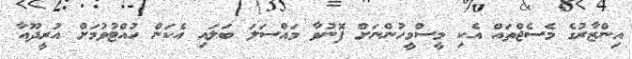
އިންޒާރުގެ މެސެޖްތައް އެކި މީސްމީހުންނަށް ފޮނުވާ މައްސަލަ ބަލައި އެކަން ހުއްޓުވުމަށް އުރީދޫއާ